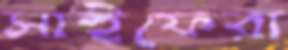
সাইফেরা